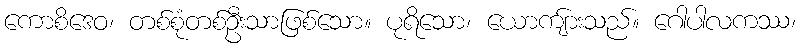
ကောစိဒေဝ၊ တစ်စုံတစ်ဦးသာဖြစ်သော။ ပုရိသော၊ ယောကျ်ားသည်။ ဂေါပါလကဿ၊